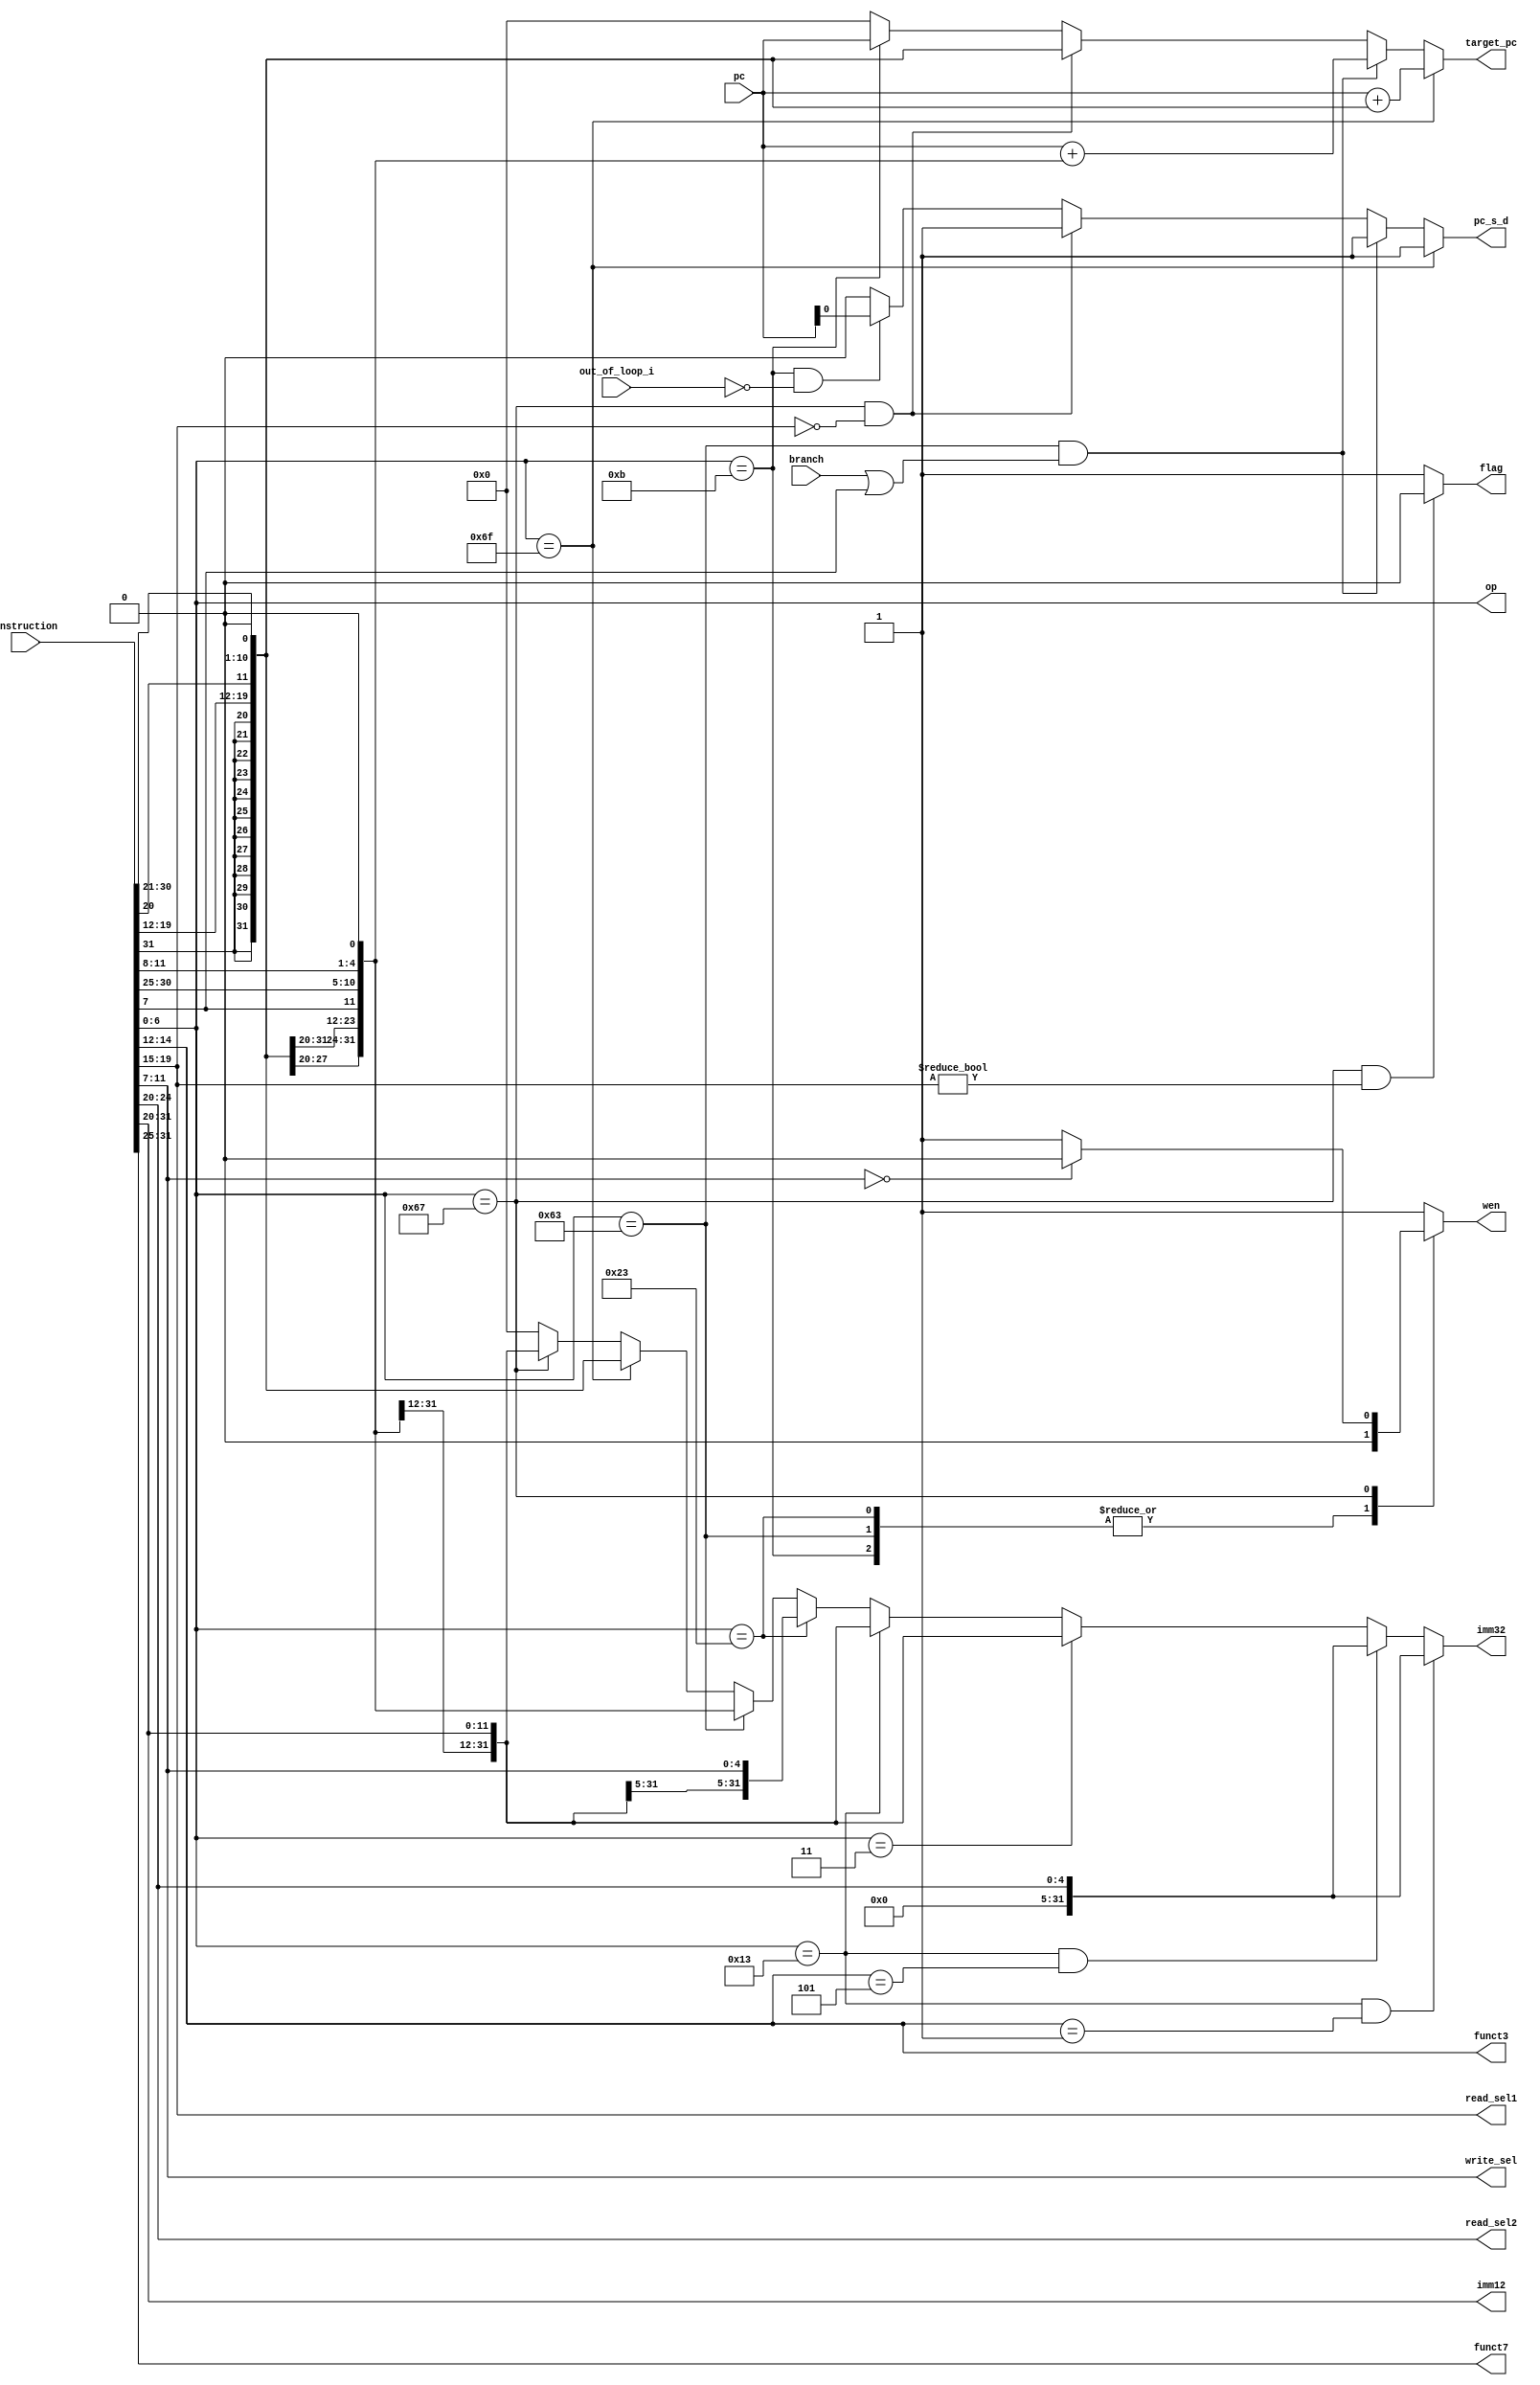
///////////////////////////////////////////////////////////////////////////////
//                                                                            //               
//                                                                            //
// Design Name:    Decoder                                                    //
// Project Name:   zero-riscy                                                 //
// Language:       Verilog                                                    //
//                                                                            //
// Description:    The decoder in zero-riscy is responsible for               //
// decoding the instruction fetched from the                                  //
// instruction memory and generating the selection signals                    //                                                                            //
////////////////////////////////////////////////////////////////////////////////
         
module Decoder #( parameter ADDRESS_BITS = 32 )
(

//inputs form fetch module 
input [ADDRESS_BITS-1:0] pc         ,
//input [ADDRESS_BITS-1:0] pc_next    ,
input [31:0] instruction            ,


//inputs from Encryption
input out_of_loop_i                 ,
//inputs from alu
//input [ADDRESS_BITS-1:0] JALR_target,
input branch                        ,

//output to fetch module 
output [ADDRESS_BITS-1:0] target_pc ,  
output                    pc_s_d    ,
 

//outputs to controller 
output [6:0] op                     ,
output [2:0] funct3                 , 
output [6:0] funct7                 , 
output       flag                   ,

//output to GPRs 
output [4:0] read_sel1              ,
output [4:0] read_sel2              ,
output [4:0] write_sel              ,
output reg   wen                    ,

//outputs to Pipeline Register
output [31:0] imm32                 ,
output [11:0] imm12                  //*****
//output [ADDRESS_BITS-1:0] pc_next_o ,
//output [ADDRESS_BITS-1:0] pc_o       
              
);

//op of the instruction
localparam [6:0] R_TYPE     = 7'b0110011,
                 I_TYPE     = 7'b0010011,
                 Load       = 7'b0000011, 
                 STORE      = 7'b0100011,
                 JALR       = 7'b1100111,
                 jAL        = 7'b1101111, 
                 BRANCH     = 7'b1100011,
                 ENCRYPTION = 7'b0001011;
                 
                
wire [11:0] i_imm                   ; //original 12 bit of the i-type imm instruction
wire [31:0] i_imm_ext               ; //sign extend

wire [4:0]  s_imm_lsb               ; //original lsb 5 bit of the s-type imm instruction
wire [6:0]  s_imm_msb               ; //original msb 7 bit of the s-type imm instruction 
wire [11:0] s_imm                   ; //{s_imm_msb , s_imm_lsb}
wire [31:0] s_imm_ext               ; //sign extend

wire [3:0]  b_imm_lsb               ; //original lsb 4 bit of the b-type imm instruction
wire [5:0]  b_imm_msb               ; //original msb  bit of the s-type imm instruction 
wire [31:0] b_imm_ext               ; //sign extend

wire [20:0] j_imm                   ; //original (19 bit + 1'b0) of the j-type imm instruction
wire [31:0] j_imm_ext               ; //sign extend

wire [4:0]  shamt_imm               ; //original 5 bits of the imm instruction
wire [31:0] shamt_imm_ext           ; //sign extend

//read registers
assign read_sel1 = instruction[19:15]                 ;
assign read_sel2 = instruction[24:20]                 ;

//destination register
assign write_sel = instruction[11:7]                  ;

//decoding the instructon
assign op        = instruction[6:0]                   ;
assign funct3    = instruction[14:12]                 ;
assign funct7    = instruction[31:25]                 ;

//sign extend calculation
assign i_imm     = instruction[31:20]                 ;
assign i_imm_ext = {{20{i_imm[11]}} , i_imm }         ;

assign s_imm_lsb = instruction[11:7]                  ;
assign s_imm_msb = instruction[31:25]                 ;
assign s_imm     = {s_imm_msb , s_imm_lsb }           ;
assign s_imm_ext = {{20{s_imm[11]}} , s_imm }     ;

assign b_imm_lsb = instruction[11:8]                  ;
assign b_imm_msb = instruction[30:25]                 ;
assign b_imm_ext = {{20{instruction[31]}} , instruction[7] , b_imm_msb , b_imm_lsb , 1'b0 } ;

assign j_imm     = {instruction[31], instruction[19:12], instruction[20], instruction[30:21], 1'b0};
assign j_imm_ext = {{11{j_imm[20]}} , j_imm }         ;

assign shamt_imm = instruction[24:20]                 ;
assign shamt_imm_ext = {27'b0 , shamt_imm }           ;

//assign pc_o      = pc                                 ;                   //to Pipeline Register
//assign pc_next_o = pc_next                            ;                   //to Pipeline Register
//assign suspended = (op == 7'b1100111) && (read_sel1 != 'd0) ? 'd1 : 0;  //to fetch module
assign imm12     = i_imm ;  

                               
assign imm32 =  (op == 7'b0010011 && funct3 == 3'b001)? shamt_imm_ext:  //SLLI
		(op == 7'b0010011 && funct3 == 3'b101)? shamt_imm_ext:  //SRLI , SRAI
                (op == 7'b0000011 ) ? i_imm_ext : //load instruction
                (op==  7'b0010011 ) ? i_imm_ext : //i-type
                (op == 7'b0100011 ) ? s_imm_ext : //store instruction
                (op == 7'b1100011 ) ? b_imm_ext : //branch instruction
                (op == 7'b1101111 ) ? j_imm_ext : //jump and link instruction
                (op == 7'b1100111 ) ? i_imm_ext : //jump and link instruction register
                0;
               
               
assign target_pc = (op == 7'b1101111)  ? (pc + j_imm_ext) : //jal instruction 
                   
                   //Static Prediction
                   (op == 7'b1100011) && (branch || instruction[7]) ? (pc + b_imm_ext) : //branch instructions
                   (op == 7'b1100111) && (read_sel1 == 'd0)         ? j_imm_ext        : //JALR
                   (op  == 7'b0001011)                              ? pc               :
                    0; 
 
 
 assign pc_s_d   =  (op  == 7'b1101111) ? 1'b1                                :// selection for correct prediction of jal instructions 
                    ((op == 7'b1100011) && (branch || instruction[7]))  ? 1'b1 :// selection for correct prediction of branch instructions 
                    ((op == 7'b1100111) && (read_sel1 == 'd0))          ? 1'b1 :// selection for correct prediction of JALR instructions 
                    ((op == 7'b0001011) &&  (!out_of_loop_i))           ? pc   :// hold pipline while encryption
                    ((op == 7'b0001011) &&  (out_of_loop_i))            ? 1'b0 :
                    0;
                           
 assign flag     =  (op  == 7'b1100111) && (read_sel1 != 'd0)          ? 1'b0 :// selection for false prediction of JALR instructions
                     1; 
                   
always@(*)
begin
wen = 1  ;
      case(op)
                  
        STORE:     begin 
                                        wen       = 0 ;
                   end
              
        BRANCH:    begin 
                                        wen       = 0 ;
                   end  
                      
        ENCRYPTION:begin
                                        wen       = 0 ;
                   end
        
        JALR      :begin
                         if (write_sel == 'd0)
                           begin
                                       wen       = 0 ;
                            end   
                          else
                           begin
                                       wen       = 1 ;
                           end
                   end
                   
        default :begin
                                        wen       = 1 ;
                 end
      endcase
end
endmodule